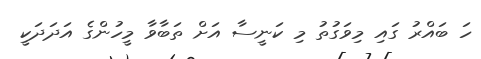
ހަ ބައްރު ގައި މިވަގުތު މި ކަނީސާ އަށް ތަބާވާ މީހުންގެ އަދަދަކީ